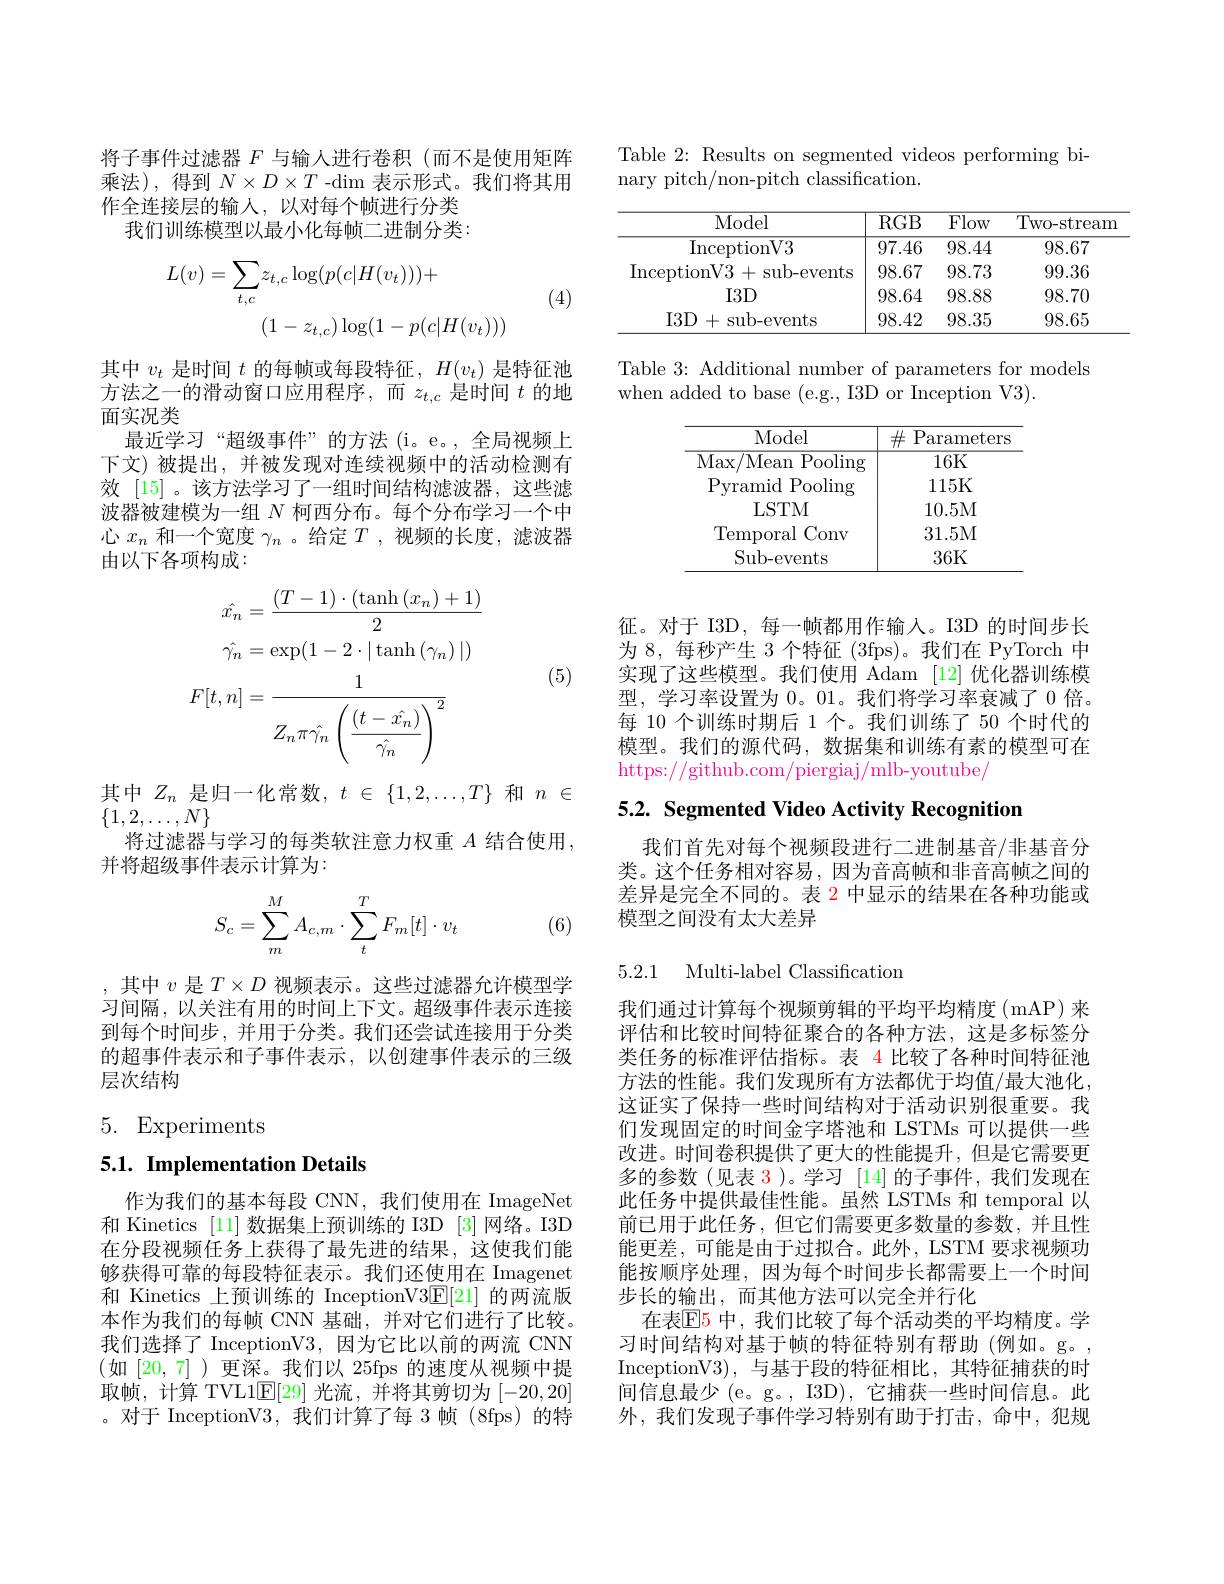
将子事件过滤器$F$与输入进行卷积(而不是使用矩阵乘法),得到$N\times D\times T$ -dim 表示形式。我们将其用作全连接层的输入，以对每个帧进行分类
我们训练模型以最小化每帧二进制分类：
$$L(v)=\sum_{t,c}z_{t,c}\log(p(c|H(v_{t})))+\\(1-z_{t,c})\log(1-p(c|H(v_{t})))$$
(4)

其中$v_t$是时间$t$的每帧或每段特征，$H(v_t)$是特征池方法之一的滑动窗口应用程序，而$z_{t,c}$是时间$t$的地面实况类
最近学习“超级事件”的方法(i。e。,全局视频上下文)被提出，并被发现对连续视频中的活动检测有效 [15]。该方法学习了一组时间结构滤波器，这些滤波器被建模为一组$N$柯西分布。每个分布学习一个中心$x_n$和一个宽度$\gamma_n$ 。给定$T$ ,视频的长度，滤波器由以下各项构成：
$$\begin{aligned}\hat{x_{n}}&=\frac{(T-1)\cdot(\tanh{(x_{n})}+1)}{2}\\\hat{\gamma_{n}}&=\exp(1-2\cdot\mid\tanh{(\gamma_{n})}\mid)\\F[t,n]&=\frac{1}{Z_{n}\pi\hat{\gamma_{n}}\left(\frac{(t-\hat{x_{n}})}{\hat{\gamma_{n}}}\right)^{2}}\end{aligned}$$
(5)

其中$Z_n$是归一化常数，$t\in\{1,2,\ldots,T\}$和$n\in$

$\{1,2,\ldots,N\}$
将过滤器与学习的每类软注意力权重$A$结合使用，

并将超级事件表示计算为：
$$S_c=\sum_m^MA_{c,m}\cdot\sum_t^TF_m[t]\cdot v_t$$
(6)

,其中$v$是$T\times D$视频表示。这些过滤器允许模型学习间隔，以关注有用的时间上下文。超级事件表示连接到每个时间步，并用于分类。我们还尝试连接用于分类的超事件表示和子事件表示，以创建事件表示的三级层次结构

# 5. Experiments

## 5.1. Implementation Details

作为我们的基本每段 CNN,我们使用在 ImageNet 和 Kinetics [11] 数据集上预训练的 I3D [3] 网络。I3D 在分段视频任务上获得了最先进的结果，这使我们能够获得可靠的每段特征表示。我们还使用在 Imagenet 和 Kinetics 上预训练的 InceptionV$3\underline{\mathrm{E}}[21]$的两流版本作为我们的每帧 CNN 基础，并对它们进行了比较。我们选择了 InceptionV3,因为它比以前的两流 CNN (如[20,7] )更深。我们以 25fps 的速度从视频中提取帧，计算 TVL1$\mathbb{E}[29]$光流，并将其剪切为[-20,20] 。对于 InceptionV3,我们计算了每 3 帧(8fps)的特

Table 2: Results on segmented videos performing bi-
nary pitch/non-pitch classification.

<table>
	<tbody>
		<tr>
			<th>Model</th>
			<th>$RGB$</th>
			<th>$\overline{{\mathrm{Flow}}}$</th>
			<th>Two- stream</th>
		</tr>
		<tr>
			<td>InceptionV3</td>
			<td>97.46</td>
			<td>98.44</td>
			<td>98.67</td>
		</tr>
		<tr>
			<td>InceptionV3+ sub- events</td>
			<td>98.67</td>
			<td>98.73</td>
			<td>99.36</td>
		</tr>
		<tr>
			<td>$I3D$</td>
			<td>98.64</td>
			<td>98.88</td>
			<td>98.70</td>
		</tr>
		<tr>
			<td>$I3D$ +sub-events</td>
			<td>98.42</td>
			<td>98.35</td>
			<td>98.65</td>
		</tr>
	</tbody>
</table>

Table 3: Additional number of parameters for models
when added to base (e.g., I3D or Inception V3).

<table>
	<tbody>
		<tr>
			<th>Model</th>
			<th>井 ${\mathrm{Parameters}}$ 112</th>
		</tr>
		<tr>
			<td>Max/ Mean Pooling</td>
			<td>16K</td>
		</tr>
		<tr>
			<td>Pyramid Pooling</td>
			<td>115K</td>
		</tr>
		<tr>
			<td>LSTM</td>
			<td>10.5M</td>
		</tr>
		<tr>
			<td>Temporal Conv</td>
			<td>31.5M</td>
		</tr>
		<tr>
			<td>Sub- events</td>
			<td>36K</td>
		</tr>
	</tbody>
</table>

征。对于 I3D,每一帧都用作输入。I3D 的时间步长为 8, 每秒产生 3 个特征 (3fps)。我们在 PyTorch 中实现了这些模型。我们使用 Adam [12]优化器训练模型，学习率设置为 0。01。我们将学习率衰减了 0 倍。每 10 个训练时期后 1 个。我们训练了 50 个时代的模型。我们的源代码，数据集和训练有素的模型可在https://github.com/piergiaj/mlb-youtube/

5.2. Segmented Video Activity Recognition

我们首先对每个视频段进行二进制基音/非基音分类。这个任务相对容易，因为音高帧和非音高帧之间的差异是完全不同的。表 2 中显示的结果在各种功能或模型之间没有太大差异

5.2.1 Multi-label Classification

我们通过计算每个视频剪辑的平均平均精度(mAP)来评估和比较时间特征聚合的各种方法，这是多标签分类任务的标准评估指标。表 4 比较了各种时间特征池方法的性能。我们发现所有方法都优于均值/最大池化， 这证实了保持一些时间结构对于活动识别很重要。我们发现固定的时间金字塔池和 LSTMs 可以提供一些改进。时间卷积提供了更大的性能提升，但是它需要更多的参数(见表 3)。学习[14]的子事件，我们发现在此任务中提供最佳性能。虽然 LSTMs 和 temporal 以前已用于此任务，但它们需要更多数量的参数，并且性能更差，可能是由于过拟合。此外，LSTM 要求视频功能按顺序处理，因为每个时间步长都需要上一个时间步长的输出，而其他方法可以完全并行化
在表$\mathbb{E}$5 中，我们比较了每个活动类的平均精度。学习时间结构对基于帧的特征特别有帮助(例如。g。, InceptionV3),与基于段的特征相比，其特征捕获的时间信息最少 (e。g。, I3D), 它捕获一些时间信息。此外，我们发现子事件学习特别有助于打击，命中，犯规